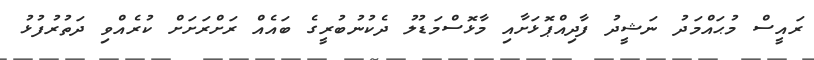
ރައީސް މުޙައްމަދު ނަޝީދު ފާދިއްޕޮޅަށާއި މާޅޮސްމަޑުލު ދެކުނުބުރީގެ ބައެއް ރަށްރަށަށް ކުރެއްވި ދަތުރުފުޅު